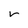
Character: v